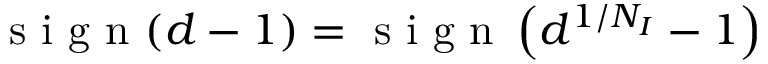
\mathrm { ~ s ~ i ~ g ~ n ~ } ( d - 1 ) = \mathrm { ~ s ~ i ~ g ~ n ~ } \left( d ^ { 1 / N _ { I } } - 1 \right)